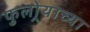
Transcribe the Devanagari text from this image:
फुलोर्‍याच्या